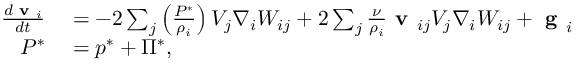
\begin{array} { r l } { \frac { d \textbf { v } _ { i } } { d t } } & { { } = - 2 \sum _ { j } \left( \frac { { P } ^ { * } } { \rho _ { i } } \right) V _ { j } \nabla _ { i } W _ { i j } + 2 \sum _ { j } \frac { \nu } { \rho _ { i } } \textbf { v } _ { i j } V _ { j } \nabla _ { i } W _ { i j } + \textbf { g } _ { i } } \\ { { P } ^ { * } } & { { } = { p } ^ { * } + { \Pi } ^ { * } , } \end{array}